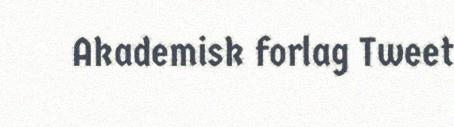
Akademisk forlag Tweet